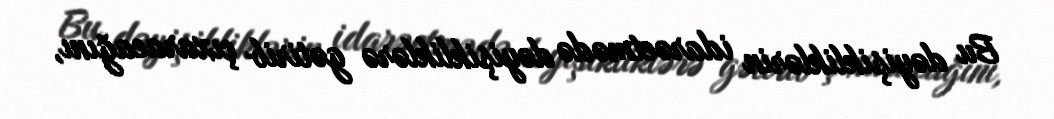
Bu dəyişikliklərin idarəetmədə dəyişikliklərə gətirib çıxaracağını,